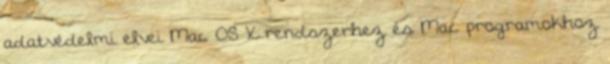
adatvédelmi elvei Mac OS X rendszerhez és Mac programokhoz